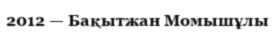
2012 — Бақытжан Момышұлы